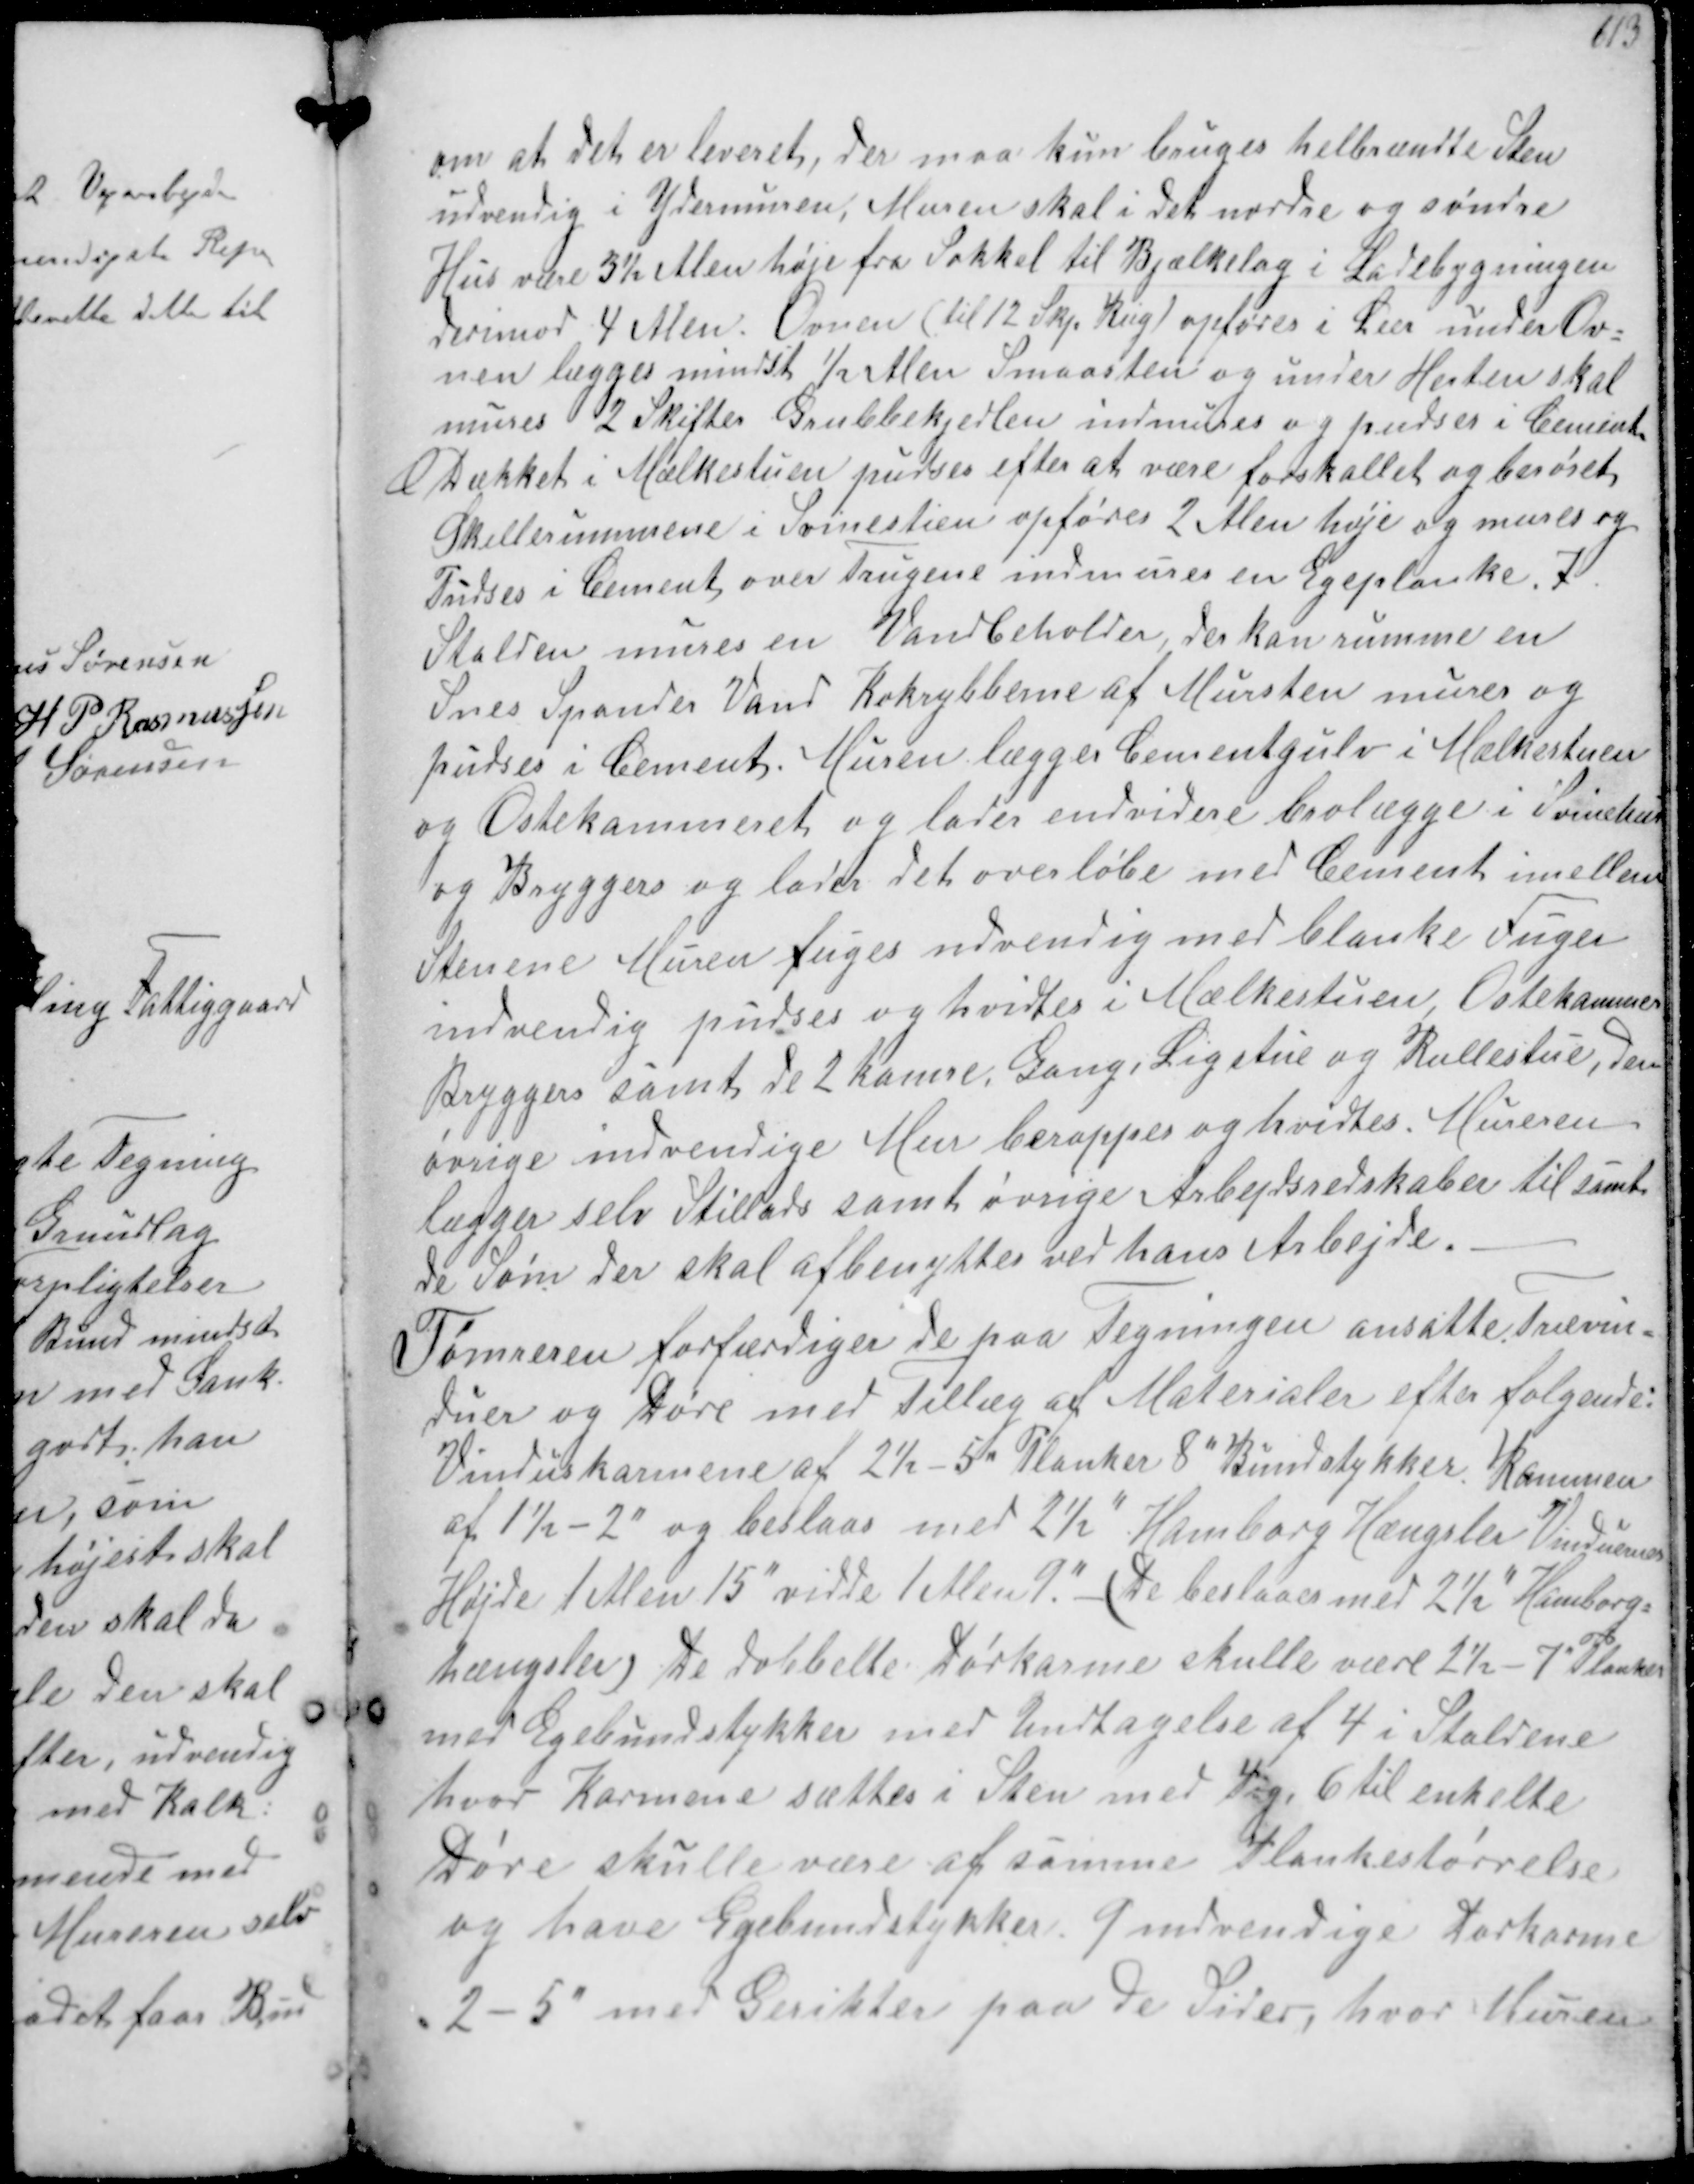
Transskription:
om at det er leveret, der maa kun bruges helbrændte Sten
udvendig i Ydermuren Muren skal i det nordre og søndre
Hus være 3½ Alen høje fra Sokkel til Bjælkelag i Ladebygningen
derimod 4 Alen. Ovnen (til 12 Skp Rug) opføres i Leer under Ov-
nen lægges mindst ½ Alen Smaasten og under Hesten skal
mures 2 Skifter Grubbekjedlen indmures og puses i Cement
Dækket i Mælkestuen pudses efter at være forskallet og berøret
Skillerummene i Svinestien opføres 2 Alen høje og mures og
Pudses i Cement, over Trugene indmures en Egeplanke, I
Stalden mures en Vandbeholder, der kan rumme en
Snes Spander Vand Kokrybberne af Mursten mures og
pudses i Cement. Muren lægger Cementsulv i Mælkestuen
og Ostekammeret og lader endvidere brolægge i Svinehus
og Bryggers og lader det overløbe med Cement imellem
Stenene Muren fuges udvendig med blanke Fuger
indvendig pudses og hvidtes i Mælkestuen, Ostekammer
Bryggers samt de 2 Kamre Gang, Ligstue og Rullestue, den
øvrige indvendige Mur berappes og hvidstes Mureren
lægger selv Stillads samt øvrige Arbejdsredskaber til samt
de søm der skal afbenyttes ved hans Arbejde.
Tømreren forfærdiger de paa Tegneren ansatte Trævin-
duer og Døre med Tillæg af Materialer efter følgende:
Vindueskarmene af 2½-5 " Planker 8" Bundstykker Rammen
af 1½-2" og beslaas med 2½" Hamborg Hængler Vinduernes
Højde 1 Alen 15" vidde 1 Alen 9". De bestaaes med 2½" Hamborg-
hængsler , De dobbelte Dørkarme skulle være 2½-7" Planker
med Egebundstykker med Undtagelse af 4 i Staldene
hvor Karmene sættes i sten med 4 og 6 til enkelte
Døre skulle være at samme Plankestørrelse
og have Egelbundstykker. 9 indvendige Dørkarme
2-5" med Gerikter paa de Sider, hvor Muren